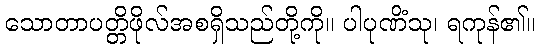
သောတာပတ္တိဖိုလ်အစရှိသည်တို့ကို။ ပါပုဏိံသု၊ ရကုန်၏။